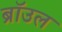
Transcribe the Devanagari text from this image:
ब्राॅउल